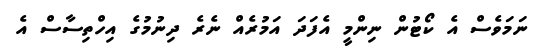
ނަމަވެސް އެ ކޯޓުން ނިންމީ އެފަދަ އަމުރެއް ނެރެ ދިނުމުގެ އިހްތިސާސް އެ